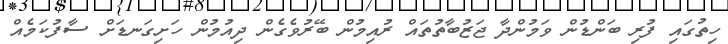
ހިތުގައި ފުރި ބަންޑުން ވަމުންދާ ޖަޒުބާތުތައް ރުއިމުން ބޭރުވެގެން ދިއުމުން ހަށިގަނޑަށް ސާފުކަމެއް